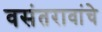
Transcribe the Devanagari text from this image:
वसंतरावांचे